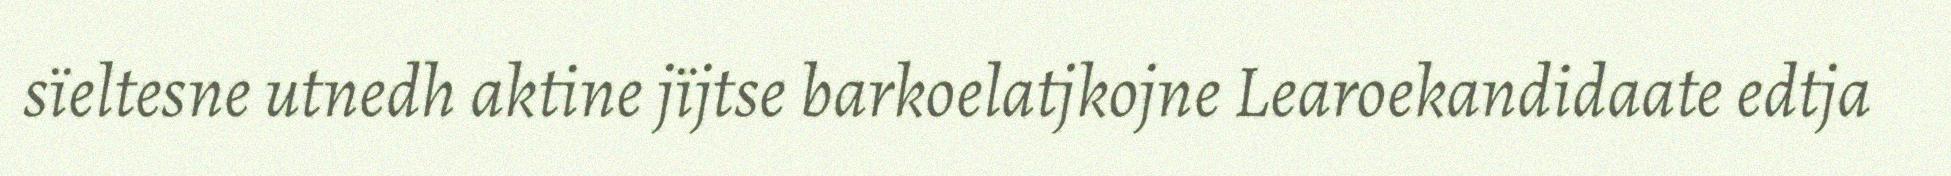
sïeltesne utnedh aktine jïjtse barkoelatjkojne Learoekandidaate edtja